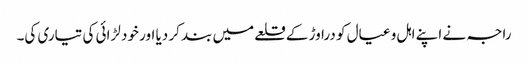
راجہ نے اپنے اہل و عیال کو دراوڑ کے قلعے میں بند کر دیا اور خود لڑائی کی تیاری کی۔